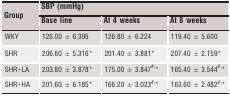
<table><thead><tr><td><b>Group</b></td><td colspan="3"><b>SBP (mmHg)</b></td></tr><tr><td></td><td><b>Base line</b></td><td><b>At 4 weeks</b></td><td><b>At 8 weeks</b></td></tr></thead><tbody><tr><td>WKY</td><td>126.00 ± 6.395</td><td>126.80 ± 6.224</td><td>119.40 ± 5.600</td></tr><tr><td>SHR</td><td>206.60 ± 5.316*</td><td>201.40 ± 3.881*</td><td>207.40 ± 2.159*</td></tr><tr><td>SHR+LA</td><td>203.80 ± 3.878*</td><td>175.00 ± 3.847#,*</td><td>165.40 ± 3.544#,*</td></tr><tr><td>SHR+HA</td><td>201.60 ± 6.185*</td><td>166.20 ± 3.023#,*</td><td>163.60 ± 2.482#,*</td></tr></tbody></table>